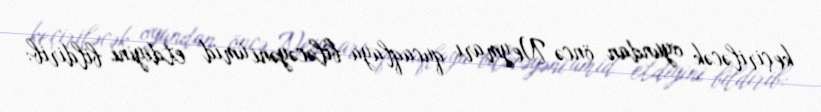
keçiriləcək oyundan öncə Neymarı qucaqlaya biləcəyəni ümid etdiyini bildirib: